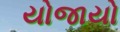
યોજાયો